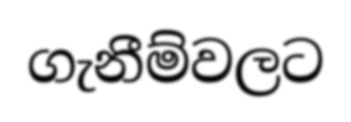
ගැනීම්වලට